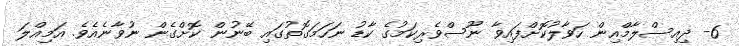
6- ދިއިސްލާމްއިން ހަވާލުކޮށްފައިވާ ނޫސްވެރިކަމުގެ ކާޑު ނަހަމަގޮތުގައި ބޭނުން ކޮށްގެން ނުވާނެއެވެ. އަމިއްލަ